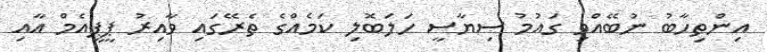
އިންތިހާބު ނުބޭއްވި ގައުމު ސިޔާސީ ހަލަބޮލި ކަމެއްގެ ތެރޭގައި ވާއިރު ޕީޕީއެމް އާއި